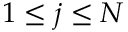
1 \leq j \leq N